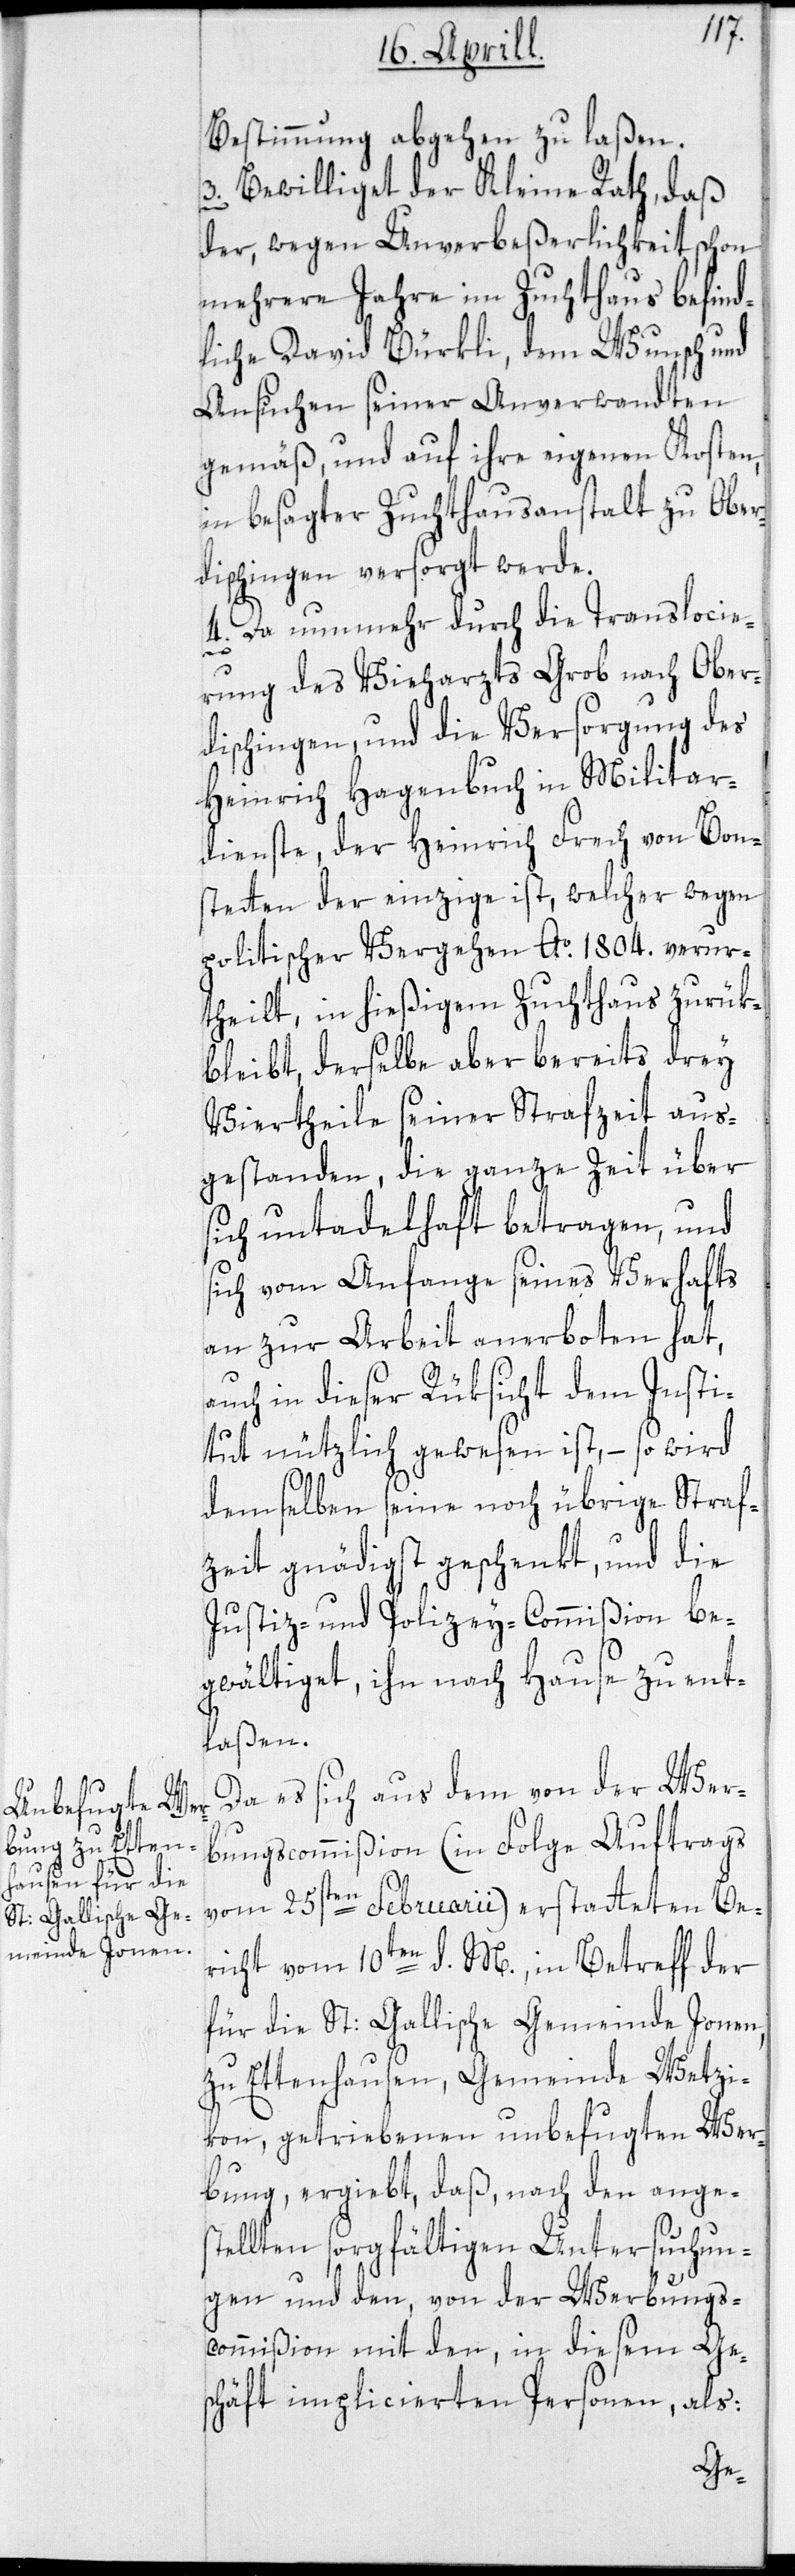
Bestimmung abgehen zu laßen.
3. Bewilliget der Kleine Rath, daß
der, wegen Unverbeßerlichkeit schon
mehrere Jahre im Zuchthaus befind¬
liche David Bürkli, dem Wunsch und
Ansuchen seiner Anverwandten
gemäß, und auf ihre eigenen Kosten,
in besagter Zuchthausanstalt zu Ober¬
dischingen versorgt werde.
4. Da nunmehr durch die Translocie¬
rung des Vieharzts Grob nach Ober¬
dischingen, und die Versorgung des
Heinrich Hagenbuch in Militar¬
dienste, der Heinrich Frech von Bon¬
stetten der einzige ist, welcher wegen
politischer Vergehen Ao 1804. verur¬
theilt, in hießigem Zuchthaus zurük¬
bleibt, derselbe aber bereits drey
Viertheile seiner Strafzeit aus¬
gestanden, die ganze Zeit über
ich untadelhaft betragen, und
sich vom Anfange seines Verhafts
an zur Arbeit anerboten hat,
auch in dieser Rüksicht dem Insti¬
tut nützlich gewesen ist, – so wird
demselben seine noch übrige Straf¬
zeit gnädigst geschenkt, und die
Justiz- und Polizey-Commißion be¬
gwältiget, ihn nach Hause zu ent¬
laßen.
Da es sich aus dem von der Wer¬
bungscommißion (in Folge Auftrags
vom 25sten Februarii) erstatteten Be¬
richt vom 10ten d. M., in Betreff der
für die St: Gallische Gemeinde Jonen,
zu Ettenhausen, Gemeinde Wetzi¬
kon, getriebenen unbefugten Wer¬
bung, ergiebt, daß, nach den anges¬
tellten sorgfältigen Untersuchun¬
gen und den, von der Werbungs¬
commißion mit den, in diesem Ge¬
schäft implicierten Personen, als:
s¬